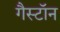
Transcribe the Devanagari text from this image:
गैस्टॉन